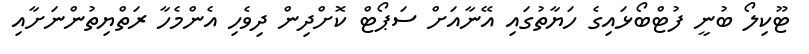
ޓޫކިލޯ ބުނީ ފުޓްބޯޅައިގެ ހަޔާތުގައި އޭނާއަށް ސަޕޯޓް ކޮށްދިން ދިވެހި އެންމެހާ ރަތްޔިތުންނަށާއި